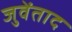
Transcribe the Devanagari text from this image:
जुवेंताद